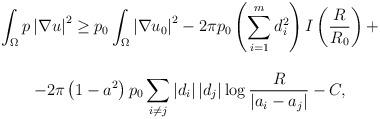
LaTeX: \begin{align*}\begin{array}{c}\displaystyle\int_{\Omega}p\left|\nabla u\right|^{2}\geq p_{0}\int_{\Omega}\left|\nabla u_{0}\right|^{2}-2\pi p_{0}\left(\sum_{i=1}^{m}d_{i}^{2}\right)I\left(\dfrac{R}{R_{0}}\right)+\\\\\displaystyle-2\pi \left(1-a^{2}\right)p_{0}\sum_{i\neq j}\left|d_{i}\right|\left|d_{j}\right|\log \frac{R}{|a_{i}-a_{j}|}-C,\end{array}\end{align*}